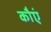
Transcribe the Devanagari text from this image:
कौएं